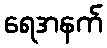
ရေအနက်